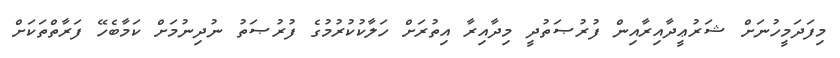
މިފަދަމީހުނަށް ޝަރުޢީދާއިރާއިން ފުރުޞަތުދީ މިދާއިރާ އިތުރަށް ހަލާކުކުރުމުގެ ފުރުޞަތު ނުދިނުމަށް ކަމާބެހޭ ފަރާތްތަކަށް